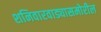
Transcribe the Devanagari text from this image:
शनिवारवाड्यासमोरील